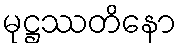
မုဋ္ဌဿတိနော